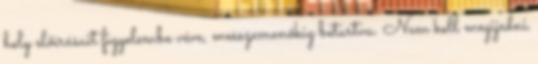
hely előírásait figyelembe véve, messzemenőkig betartva. Nem kell megijedni